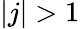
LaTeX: |j|>1